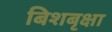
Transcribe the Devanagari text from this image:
बिशबृक्षा